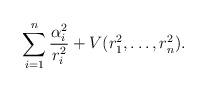
LaTeX: \begin{align*}\sum_{i=1}^n \frac{\alpha_i^2}{r_i^2}+V(r_1^2,\dots,r_n^2).\end{align*}